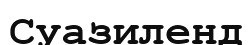
Суазиленд